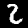
Digit: 2